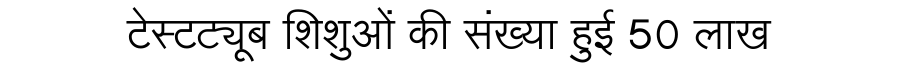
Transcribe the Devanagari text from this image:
टेस्टट्यूब शिशुओं की संख्या हुई 50 लाख